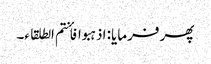
پھر فرمایا: اذہبوا فأنتم الطلقاء۔